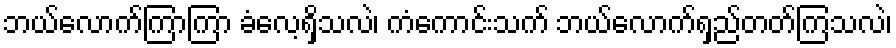
ဘယ်လောက်ကြာကြာ ခံလေ့ရှိသလဲ၊ ကံကောင်းသက် ဘယ်လောက်ရှည်တတ်ကြသလဲ၊